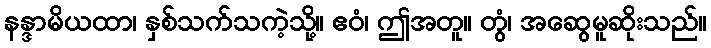
နန္ဒာမိယထာ၊ နှစ်သက်သကဲ့သို့။ ဧဝံ၊ ဤအတူ။ တွံ၊ အဆွေမူဆိုးသည်။